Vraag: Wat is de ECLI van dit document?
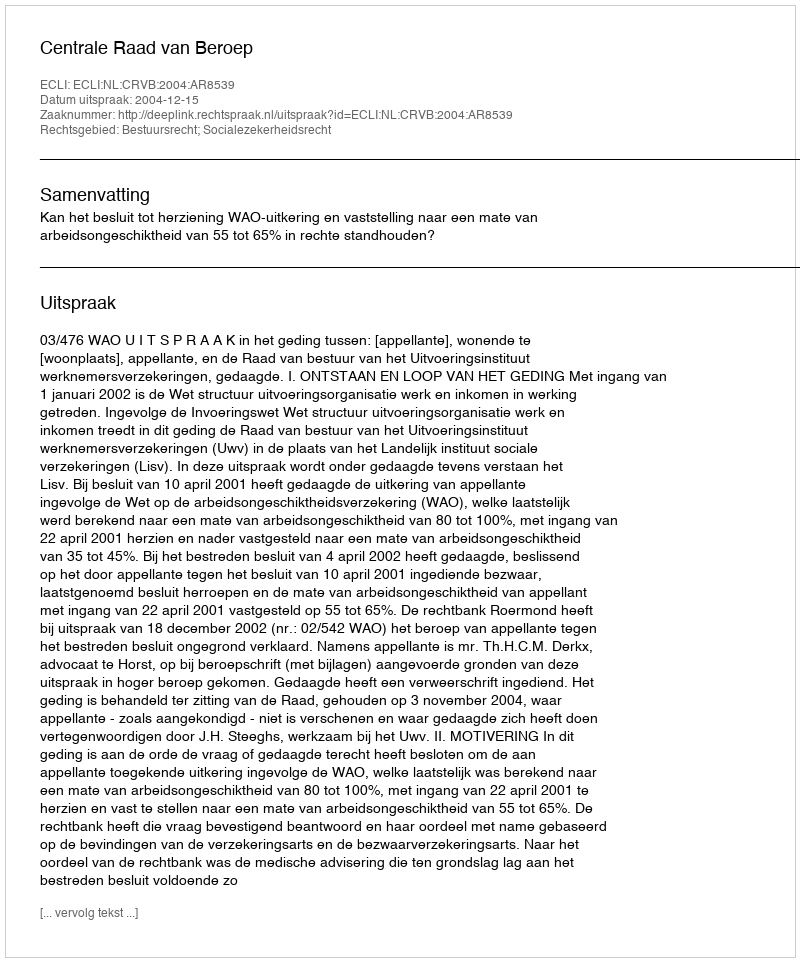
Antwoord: ECLI:NL:CRVB:2004:AR8539